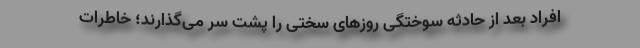
افراد بعد از حادثه سوختگی روزهای سختی را پشت سر می‌گذارند؛ خاطرات